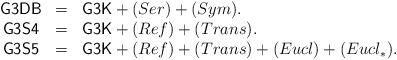
LaTeX: \begin{align*}\begin{array}{cll}{\sf G3DB}&=& {\sf G3K} + (Ser) + (Sym).\\{\sf G3S4}&=& {\sf G3K} + (Ref) + (Trans).\\{\sf G3S5}&=& {\sf G3K} + (Ref) + (Trans) + (Eucl) + (Eucl_*).\end{array}\end{align*}